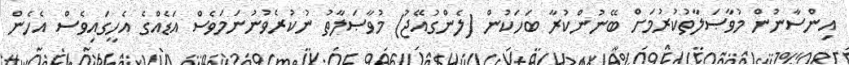
އިންސާނުން މުވާޞަލާތުކުރުމަށް ބޭނުންކުރާ ބަހަކުން (ލެންގުއޭޖު) މުވާޞަލާތު ނުކުރެވުނުނަމަވެސް އަޑެއްގެ އެހީގައިވެސް އެހެން